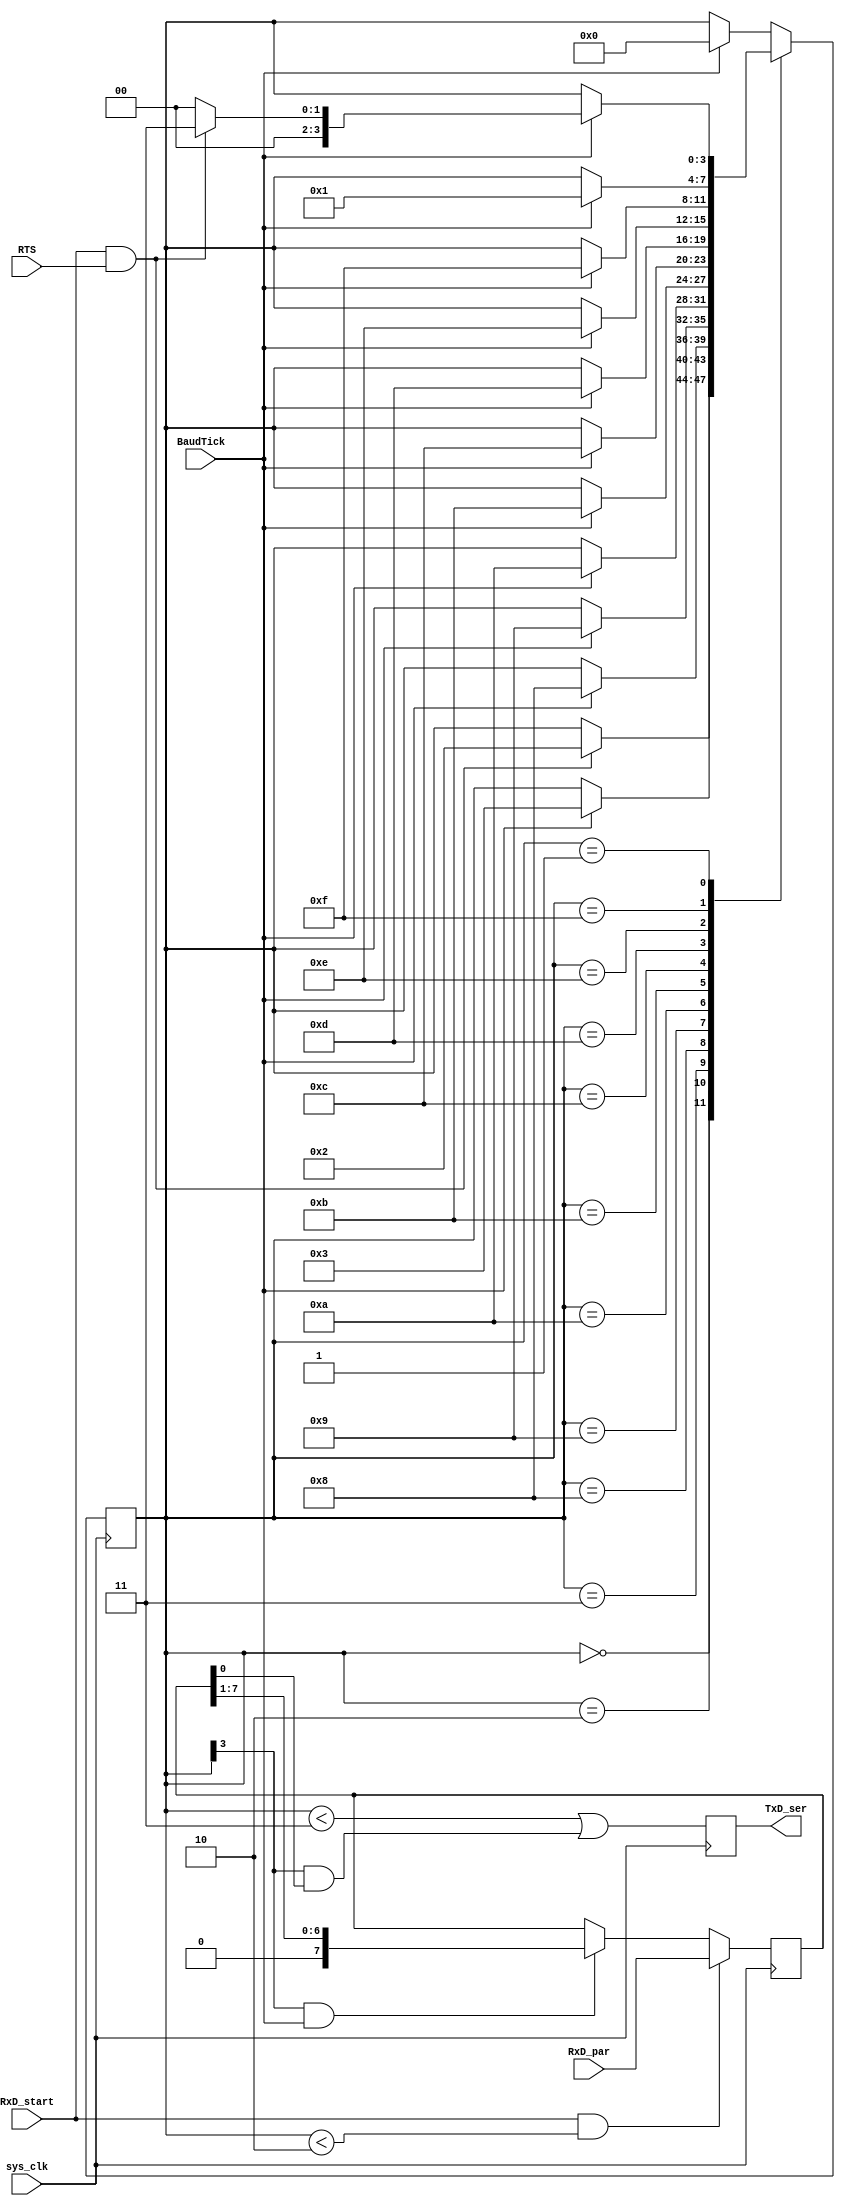
module UART_TX(
    input [7:0] RxD_par, // 8 bit data
    input RxD_start,
	 input RTS, // USB clear to send (active high)
    input sys_clk,
	 input BaudTick,
    output reg TxD_ser
    );


	//State machine
	reg [3:0] state=0;
	reg [7:0] RxD_buff=0;
	
	always @(posedge sys_clk)
	begin
		if (RxD_start & state<2) begin
			RxD_buff <= RxD_par; // Buffer data received
		end else if (state[3] & BaudTick) begin
			RxD_buff <= (RxD_buff >> 1); // Shift a bit at every baud tick during transmission
		end
	
		case(state)
			4'b0000: if(RxD_start & RTS) state <= 4'b0010;//Initiate process when data is valied and USB is ready to receive
			4'b0010: if(BaudTick) state <= 4'b0011; // Synchronize to baudtick, 
			4'b0011: if(BaudTick) state <= 4'b1000; //start (state !< 2 , state[3]=0 ie TxD = 0)
			4'b1000: if(BaudTick) state <= 4'b1001; //bit 0
			4'b1001: if(BaudTick) state <= 4'b1010; //bit 1
			4'b1010: if(BaudTick) state <= 4'b1011; //bit 2 
			4'b1011: if(BaudTick) state <= 4'b1100; //bit 3
			4'b1100: if(BaudTick) state <= 4'b1101; //bit 4
			4'b1101: if(BaudTick) state <= 4'b1110; //bit 5
			4'b1110: if(BaudTick) state <= 4'b1111; //bit 6
			4'b1111: if(BaudTick) state <= 4'b0001; //bit 7
			4'b0001: if(BaudTick) begin //stop
							if(RxD_start & RTS) begin
								state <= 4'b0011; // Data already synchronized to baudtick
							end else begin
								state <= 4'b0000; //	(state < 2 ie TxD = 1)
							end
						end						
			default: if(BaudTick) state <= 4'b0000; 
		endcase
			
	end
	
	//reg TxD_ser;
	always @(posedge sys_clk)
	begin
		// Filter according to state
		TxD_ser <= (state < 3) | (state[3] & RxD_buff[0]); // Send it through a register
	end

endmodule